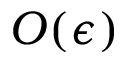
O ( \epsilon )